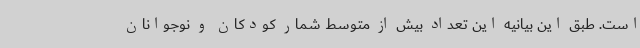
است. طبق این بیانیه این تعداد بیش از متوسط شمار کودکان و نوجوانان